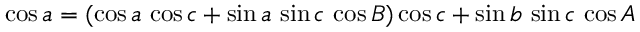
\cos a = ( \cos a \, \cos c + \sin a \, \sin c \, \cos B ) \cos c + \sin b \, \sin c \, \cos A